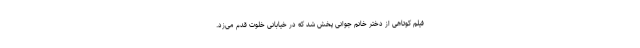
فیلم کوتاهی از دختر خانم جوانی پخش شد که در خیابانی خلوت قدم می‌زد.